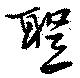
聖